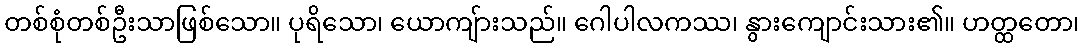
တစ်စုံတစ်ဦးသာဖြစ်သော။ ပုရိသော၊ ယောကျ်ားသည်။ ဂေါပါလကဿ၊ နွားကျောင်းသား၏။ ဟတ္ထတော၊